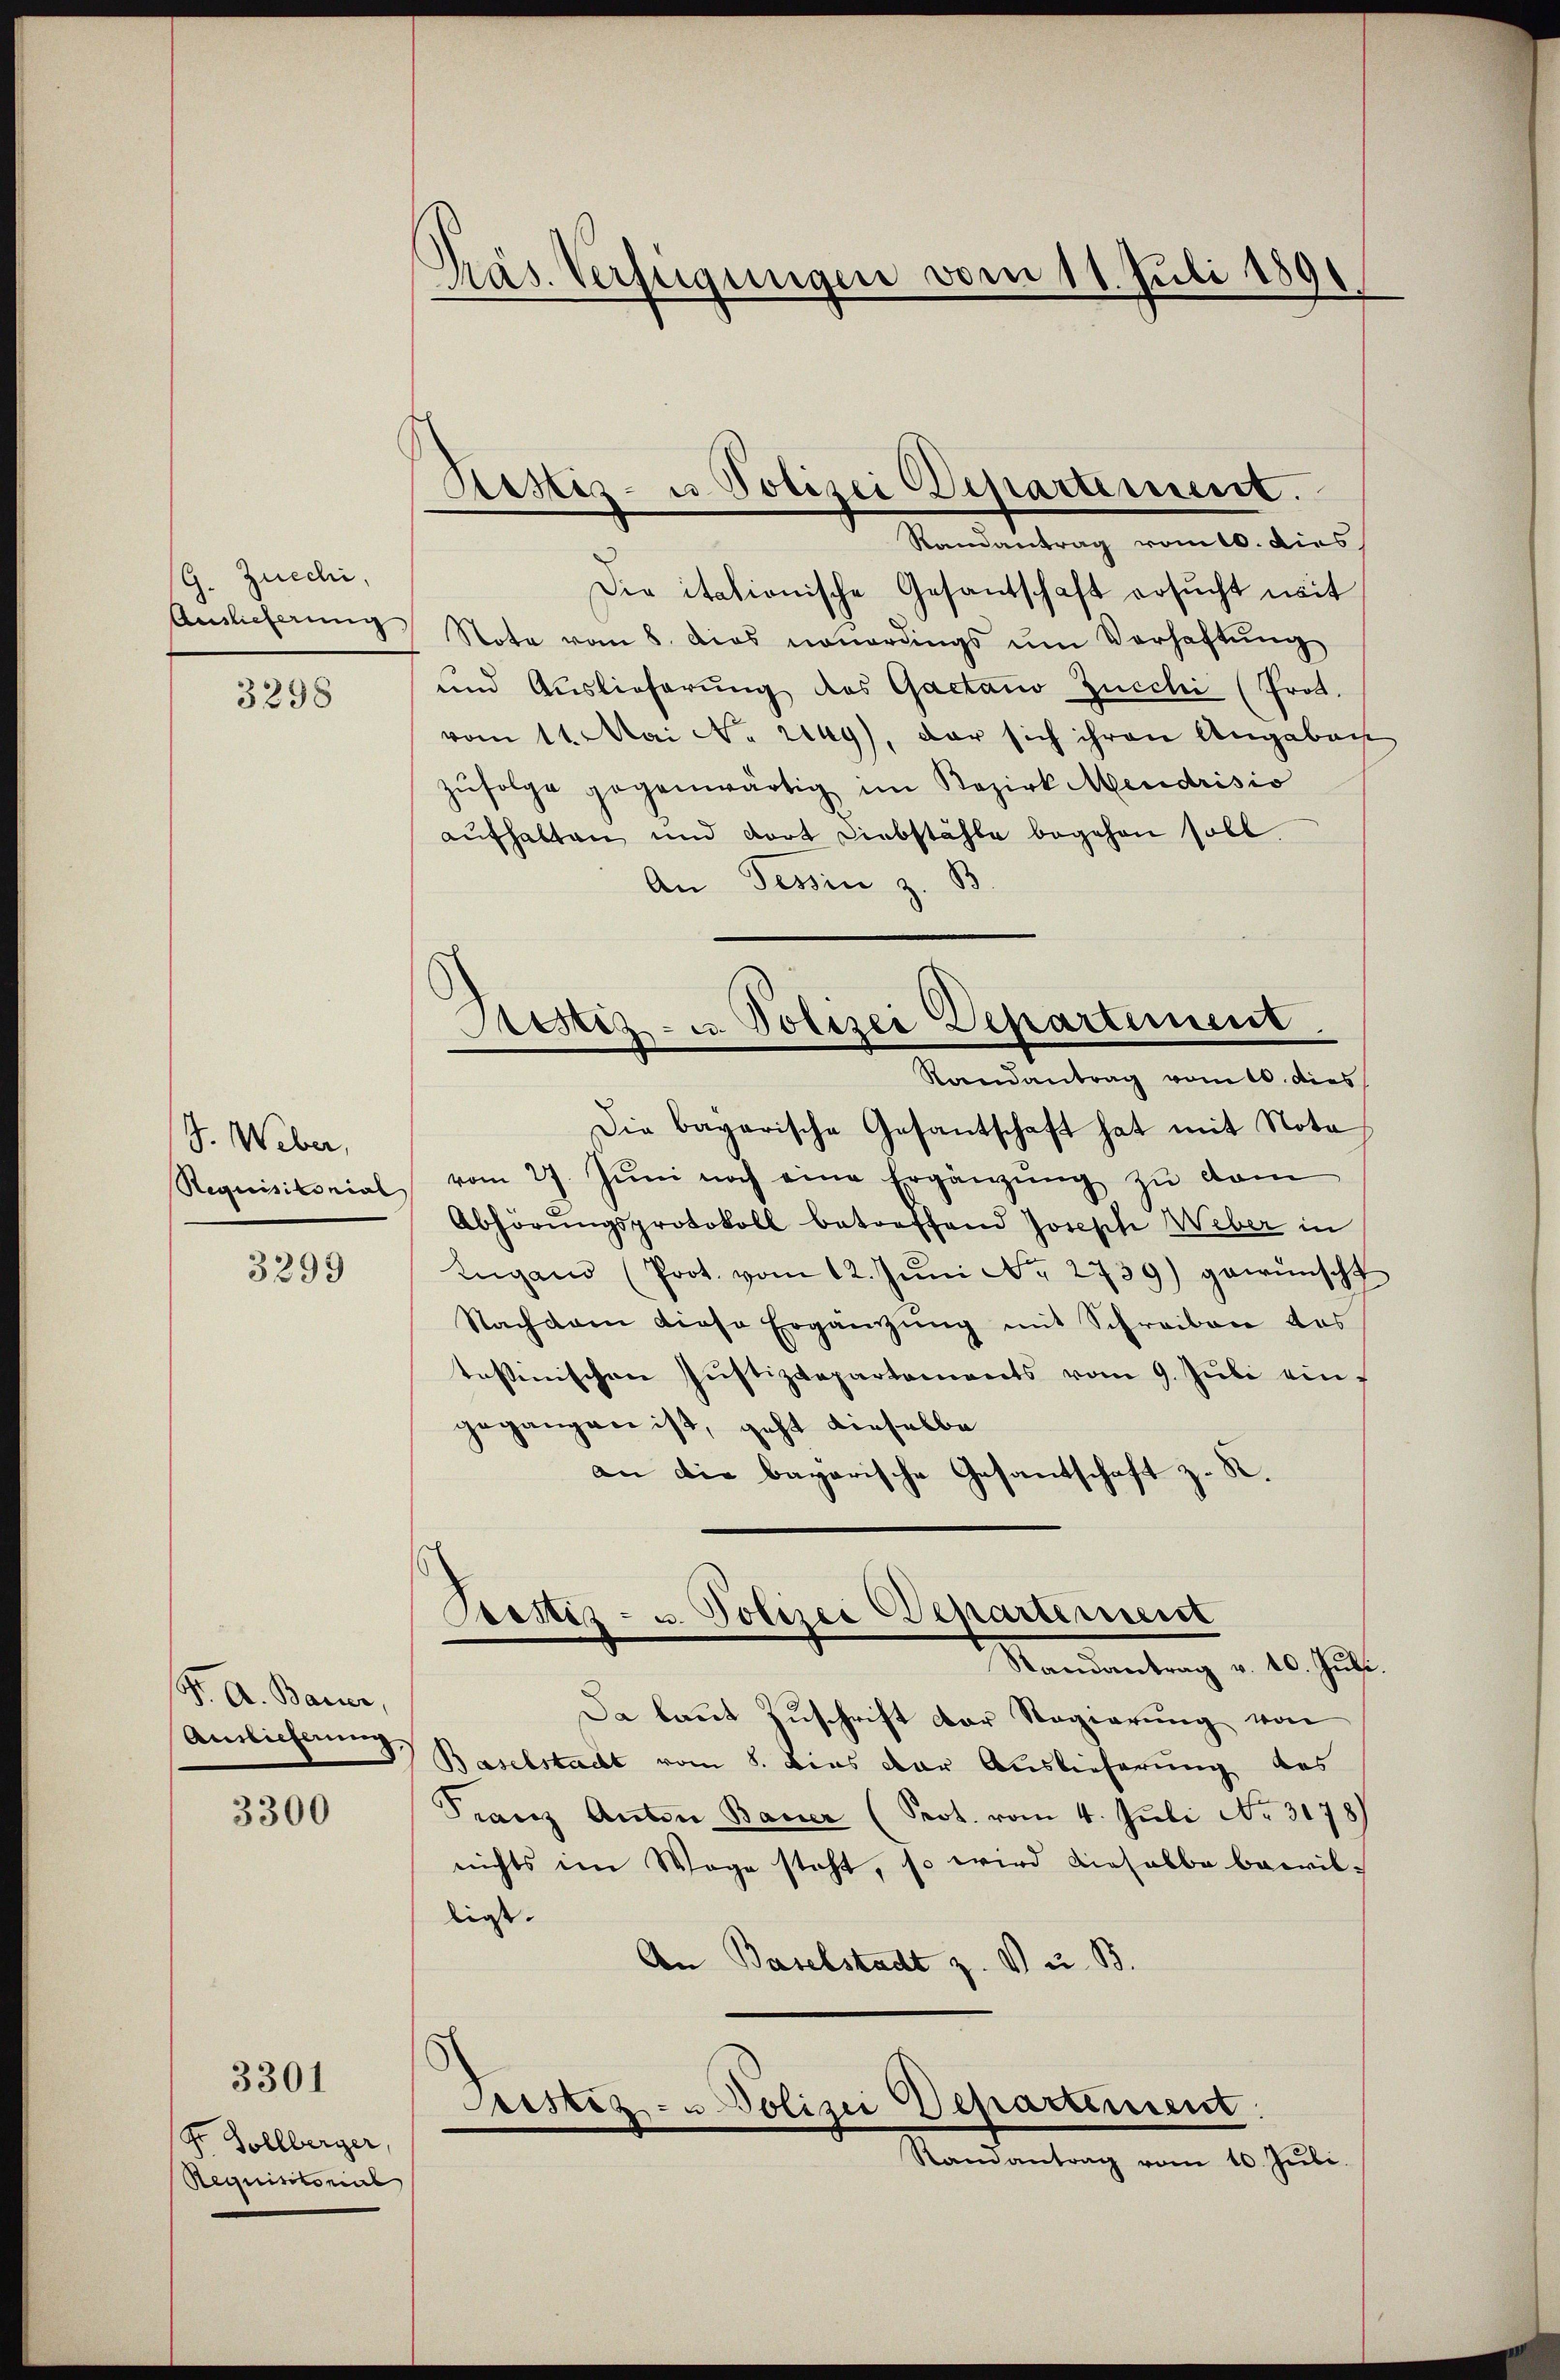
(G. Zuechi.
Auslieferung

3298

S. Weber,
Requisitorial

3299

Dr. A. Bauer,
Auslieferung

3300

Str. Sollberger,
Requisitonial

3301

Präs. Verfügungen vom 11. Juli 1891

Hestiz- u Polizei Departement.

Bestiz- u. Polizei Departement.
Randantrag vom 10. dies

Randantrag vom 16. dies
Die itationische Gesantschaft ersŭcht mit
Note vom 8. dies neuerdings um Verhaftung
und Auslieferung des Gaetano Zucchi (Prot.
vom 11. Mai No 2149), der sich ihren Angaben
zŭfolge gegenwärtig im Bezirk Mendrisio
aufhalten und dort Diebstähle begehen soll.
An Tessin z. B
Die bagarische Gesantschaft hat mit Nota
vom 27. Jŭni noch eine Ergänzŭng zŭ dam
Abhörungsprotokoll betreffend Joseph Weber in
Zugano (Prot. vom 12. Jŭni No 2739) gewünscht
Nachsam diese Ergänzŭng mit Schreiben das
tassinischen Justizdepartements vom 9. Jŭli eingegangen ist, geht dieselbe
an die bagarische Gesantschaft z. R.
Pettiz- u. Polizei Departement
Randantrag v. 10. Juli.
Da laut Zuschrift der Regierung von
Baselstacht vom 8. Dies der Auslieferung des
Franz Anton Bauer (Prot. vom 4. Juli No 3178)
nichts im Wege steht, so wird dieselbe bewil-
liess.
An Baselstadt z. V u. B.

Sistiz- u Polizei Departiment.
Ramantrag vom 10. Juli.